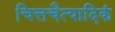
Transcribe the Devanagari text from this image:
चित्तचैत्यादिकं